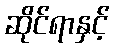
ဆိုင်ရာနှင့်